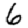
Digit: 6